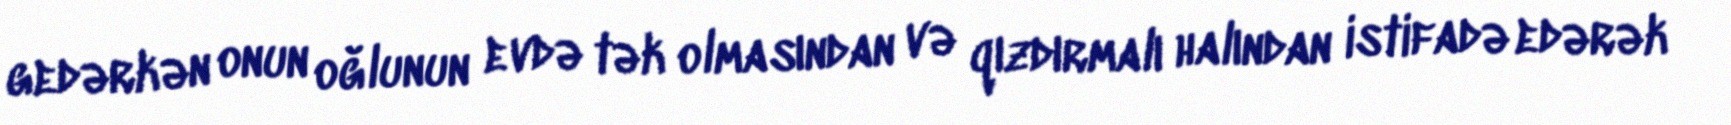
gedərkən onun oğlunun evdə tək olmasından və qızdırmalı halından istifadə edərək